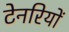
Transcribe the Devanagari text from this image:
टेनरियों